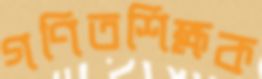
গণিতশিক্ষক